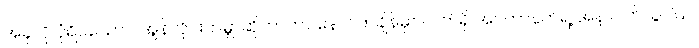
အခုလို ပုံရိပ်ယောင် အွန်လိုင်းကမ္ဘာဆိုတာဟာ နောင်တချိန်မှာ လက်ရှိ အင်တာနက်ရဲ့ အနာဂတ်သွင်ပြင်